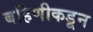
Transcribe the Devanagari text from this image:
बहिणीकडून